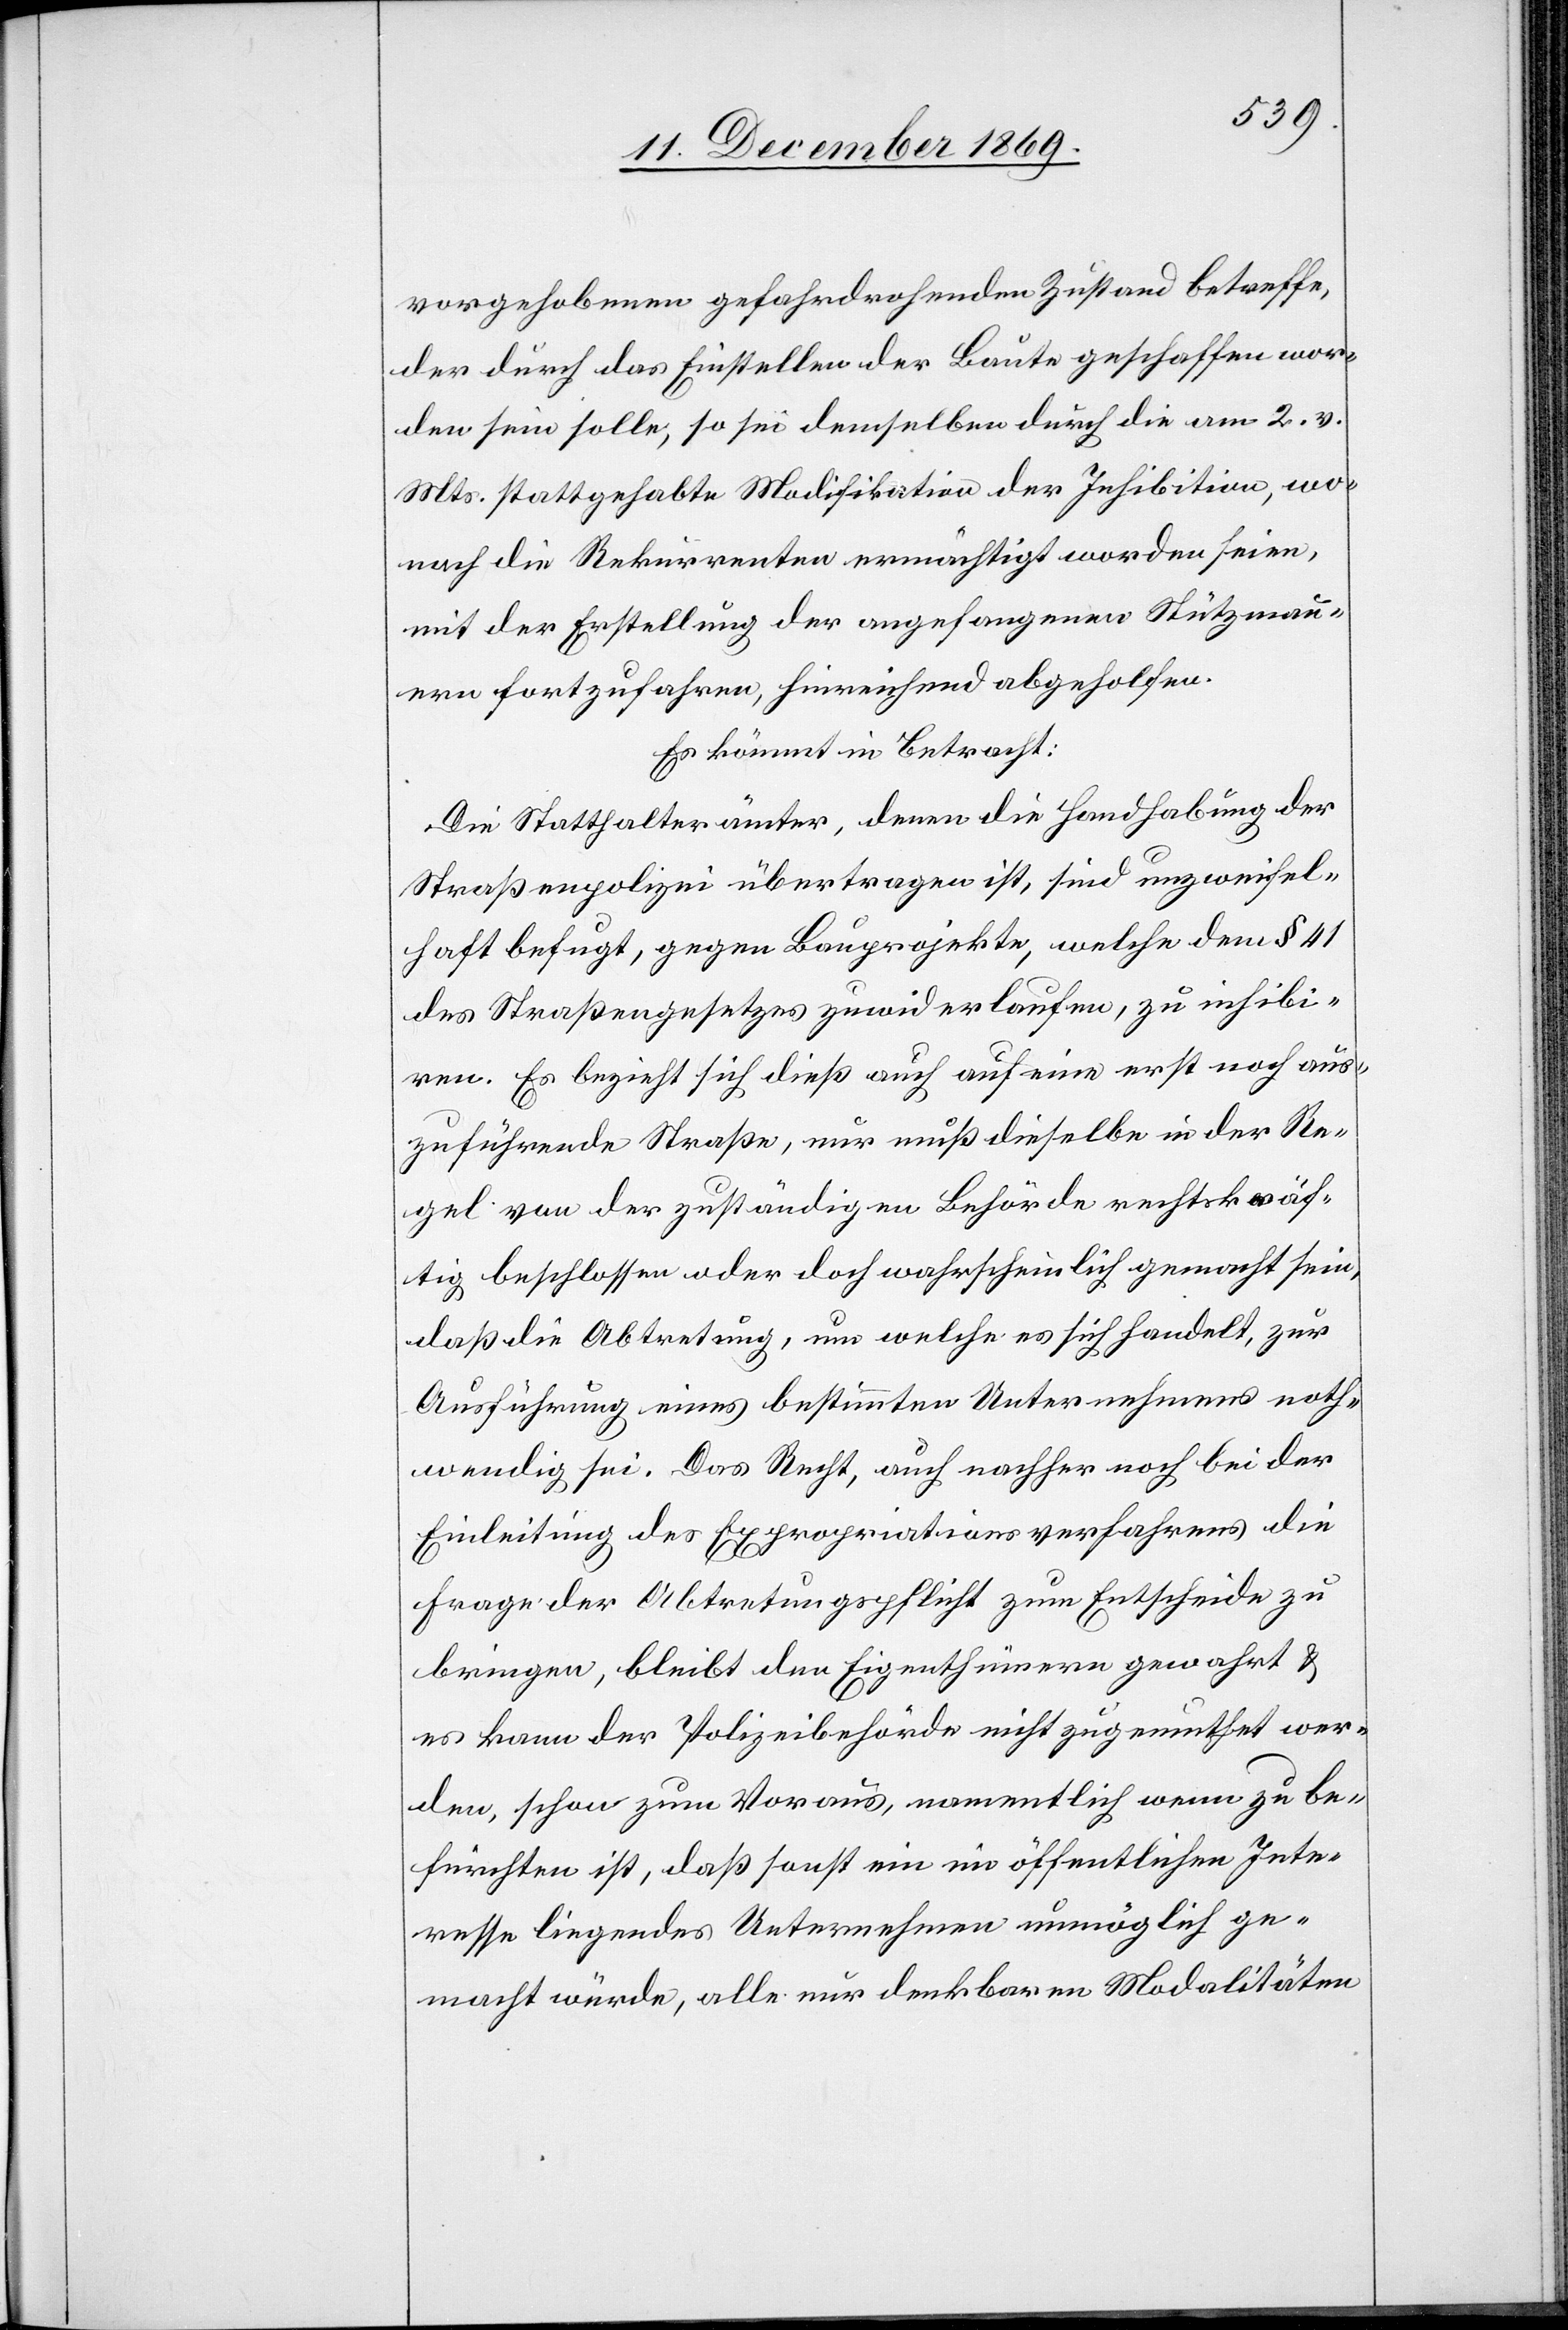
vorgehobenen gefahrdrohenden Zustand betreffe,
der durch das Einstellen der Baute geschaffen wor¬
den sein solle, so sei demselben durch die am 2. v.
Mts. stattgehabte Modifikation der Inhibition, wo¬
nach die Rekurrenten ermächtigt worden seien,
mit der Erstellung der angefangenen Stützmau¬
ern fortzufahren, hinreichend abgeholfen.
Es kömmt in Betracht:
Die Statthalterämter, denen die Handhabung der
Straßenpolizei übertragen ist, sind unzweifel¬
haft befugt, gegen Bauprojekte, welche dem § 41
des Straßengesetzes zuwiderlaufen, zu inhibi¬
ren. Es bezieht sich dieß auch auf eine erst noch aus¬
zuführende Straße, nur muß dieselbe in der Re¬
gel von der zuständigen Behörde rechtskräf¬
tig beschlossen oder doch wahrscheinlich gemacht sein,
daß die Abtretung, um welche es sich handelt, zur
Ausführung eines bestimmten Unternehmens noth¬
wendig sei. Das Recht, auch nachher noch bei der
Einleitung des Expropriationsverfahrens die
Frage der Abtretungspflicht zum Entscheide zu
bringen, bleibt den Eigenthümern gewahrt &
es kann der Polizeibehörde nicht zugemuthet wer¬
den, schon zum Voraus, namentlich wenn zu be¬
fürchten ist, daß sonst ein im öffentlichen Inte¬
resse liegendes Unternehmen unmöglich ge¬
macht würde, alle nur denkbaren Modalitäten